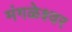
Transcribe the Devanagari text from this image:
मंगळेश्वर